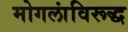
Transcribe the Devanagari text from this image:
मोगलांविरूद्ध